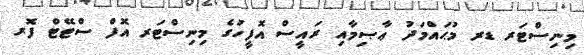
މިނިސްޓަރ ޑރ މުޙައްމަދު ޢާޞިމާއި ރައީސް އޮފީހުގެ މިނިސްޓަރ އޮފް ސްޓޭޓް ފޮރ